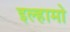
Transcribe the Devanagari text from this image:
इल्हामो